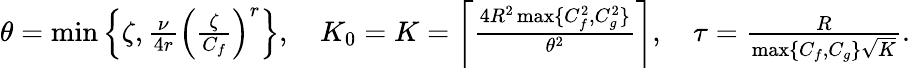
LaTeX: \begin{array}{r}{\theta=\operatorname*{min}\left\{ \zeta,\frac{\nu}{4r}\left(\frac{\zeta}{C_{f}}\right)^{r}\right\} ,\quad K_{0}=K=\left\lceil\frac{4R^{2}\operatorname*{max}\{ C_{f}^{2},C_{g}^{2}\} }{\theta^{2}}\right\rceil,\quad\tau=\frac{R}{\operatorname*{max}\{ C_{f},C_{g}\} \sqrt{K}}.}\end{array}